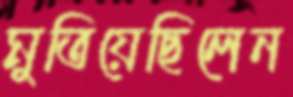
মুতিয়েছিলেন